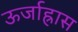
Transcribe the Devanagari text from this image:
ऊर्जाह्रास